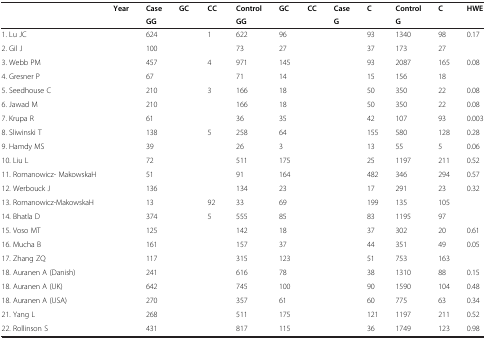
<table><thead><tr><td>[EMPTY_CELL]</td><td><b>Year</b></td><td><b>Case</b></td><td><b>GC</b></td><td><b>CC</b></td><td><b>Control</b></td><td><b>GC</b></td><td><b>CC</b></td><td><b>Case</b></td><td><b>C</b></td><td><b>Control</b></td><td><b>C</b></td><td><b>HWE</b></td></tr><tr><td>[EMPTY_CELL]</td><td>[EMPTY_CELL]</td><td><b>GG</b></td><td>[EMPTY_CELL]</td><td>[EMPTY_CELL]</td><td><b>GG</b></td><td>[EMPTY_CELL]</td><td>[EMPTY_CELL]</td><td><b>G</b></td><td>[EMPTY_CELL]</td><td><b>G</b></td><td>[EMPTY_CELL]</td><td>[EMPTY_CELL]</td></tr></thead><tbody><tr><td>1. Lu JC</td><td>[EMPTY_CELL]</td><td>624</td><td>[EMPTY_CELL]</td><td>1</td><td>622</td><td>96</td><td>[EMPTY_CELL]</td><td>[EMPTY_CELL]</td><td>93</td><td>1340</td><td>98</td><td>0.17</td></tr><tr><td>2. Gil J</td><td>[EMPTY_CELL]</td><td>100</td><td>[EMPTY_CELL]</td><td>[EMPTY_CELL]</td><td>73</td><td>27</td><td>[EMPTY_CELL]</td><td>[EMPTY_CELL]</td><td>37</td><td>173</td><td>27</td><td>[EMPTY_CELL]</td></tr><tr><td>3. Webb PM</td><td>[EMPTY_CELL]</td><td>457</td><td>[EMPTY_CELL]</td><td>4</td><td>971</td><td>145</td><td>[EMPTY_CELL]</td><td>[EMPTY_CELL]</td><td>93</td><td>2087</td><td>165</td><td>0.08</td></tr><tr><td>4. Gresner P</td><td>[EMPTY_CELL]</td><td>67</td><td>[EMPTY_CELL]</td><td>[EMPTY_CELL]</td><td>71</td><td>14</td><td>[EMPTY_CELL]</td><td>[EMPTY_CELL]</td><td>15</td><td>156</td><td>18</td><td>[EMPTY_CELL]</td></tr><tr><td>5. Seedhouse C</td><td>[EMPTY_CELL]</td><td>210</td><td>[EMPTY_CELL]</td><td>3</td><td>166</td><td>18</td><td>[EMPTY_CELL]</td><td>[EMPTY_CELL]</td><td>50</td><td>350</td><td>22</td><td>0.08</td></tr><tr><td>6. Jawad M</td><td>[EMPTY_CELL]</td><td>210</td><td>[EMPTY_CELL]</td><td>[EMPTY_CELL]</td><td>166</td><td>18</td><td>[EMPTY_CELL]</td><td>[EMPTY_CELL]</td><td>50</td><td>350</td><td>22</td><td>0.08</td></tr><tr><td>7. Krupa R</td><td>[EMPTY_CELL]</td><td>61</td><td>[EMPTY_CELL]</td><td>[EMPTY_CELL]</td><td>36</td><td>35</td><td>[EMPTY_CELL]</td><td>[EMPTY_CELL]</td><td>42</td><td>107</td><td>93</td><td>0.003</td></tr><tr><td>8. Sliwinski T</td><td>[EMPTY_CELL]</td><td>138</td><td>[EMPTY_CELL]</td><td>5</td><td>258</td><td>64</td><td>[EMPTY_CELL]</td><td>[EMPTY_CELL]</td><td>155</td><td>580</td><td>128</td><td>0.28</td></tr><tr><td>9. Hamdy MS</td><td>[EMPTY_CELL]</td><td>39</td><td>[EMPTY_CELL]</td><td>[EMPTY_CELL]</td><td>26</td><td>3</td><td>[EMPTY_CELL]</td><td>[EMPTY_CELL]</td><td>13</td><td>55</td><td>5</td><td>0.06</td></tr><tr><td>10. Liu L</td><td>[EMPTY_CELL]</td><td>72</td><td>[EMPTY_CELL]</td><td>[EMPTY_CELL]</td><td>511</td><td>175</td><td>[EMPTY_CELL]</td><td>[EMPTY_CELL]</td><td>25</td><td>1197</td><td>211</td><td>0.52</td></tr><tr><td>11. Romanowicz- MakowskaH</td><td>[EMPTY_CELL]</td><td>51</td><td>[EMPTY_CELL]</td><td>[EMPTY_CELL]</td><td>91</td><td>164</td><td>[EMPTY_CELL]</td><td>[EMPTY_CELL]</td><td>482</td><td>346</td><td>294</td><td>0.57</td></tr><tr><td>12. Werbouck J</td><td>[EMPTY_CELL]</td><td>136</td><td>[EMPTY_CELL]</td><td>[EMPTY_CELL]</td><td>134</td><td>23</td><td>[EMPTY_CELL]</td><td>[EMPTY_CELL]</td><td>17</td><td>291</td><td>23</td><td>0.32</td></tr><tr><td>13. Romanowicz-MakowskaH</td><td>[EMPTY_CELL]</td><td>13</td><td>[EMPTY_CELL]</td><td>92</td><td>33</td><td>69</td><td>[EMPTY_CELL]</td><td>[EMPTY_CELL]</td><td>199</td><td>135</td><td>105</td><td>[EMPTY_CELL]</td></tr><tr><td>14. Bhatla D</td><td>[EMPTY_CELL]</td><td>374</td><td>[EMPTY_CELL]</td><td>5</td><td>555</td><td>85</td><td>[EMPTY_CELL]</td><td>[EMPTY_CELL]</td><td>83</td><td>1195</td><td>97</td><td>[EMPTY_CELL]</td></tr><tr><td>15. Voso MT</td><td>[EMPTY_CELL]</td><td>125</td><td>[EMPTY_CELL]</td><td>[EMPTY_CELL]</td><td>142</td><td>18</td><td>[EMPTY_CELL]</td><td>[EMPTY_CELL]</td><td>37</td><td>302</td><td>20</td><td>0.61</td></tr><tr><td>16. Mucha B</td><td>[EMPTY_CELL]</td><td>161</td><td>[EMPTY_CELL]</td><td>[EMPTY_CELL]</td><td>157</td><td>37</td><td>[EMPTY_CELL]</td><td>[EMPTY_CELL]</td><td>44</td><td>351</td><td>49</td><td>0.05</td></tr><tr><td>17. Zhang ZQ</td><td>[EMPTY_CELL]</td><td>117</td><td>[EMPTY_CELL]</td><td>[EMPTY_CELL]</td><td>315</td><td>123</td><td>[EMPTY_CELL]</td><td>[EMPTY_CELL]</td><td>51</td><td>753</td><td>163</td><td>[EMPTY_CELL]</td></tr><tr><td>18. Auranen A (Danish)</td><td>[EMPTY_CELL]</td><td>241</td><td>[EMPTY_CELL]</td><td>[EMPTY_CELL]</td><td>616</td><td>78</td><td>[EMPTY_CELL]</td><td>[EMPTY_CELL]</td><td>38</td><td>1310</td><td>88</td><td>0.15</td></tr><tr><td>18. Auranen A (UK)</td><td>[EMPTY_CELL]</td><td>642</td><td>[EMPTY_CELL]</td><td>[EMPTY_CELL]</td><td>745</td><td>100</td><td>[EMPTY_CELL]</td><td>[EMPTY_CELL]</td><td>90</td><td>1590</td><td>104</td><td>0.48</td></tr><tr><td>18. Auranen A (USA)</td><td>[EMPTY_CELL]</td><td>270</td><td>[EMPTY_CELL]</td><td>[EMPTY_CELL]</td><td>357</td><td>61</td><td>[EMPTY_CELL]</td><td>[EMPTY_CELL]</td><td>60</td><td>775</td><td>63</td><td>0.34</td></tr><tr><td>21. Yang L</td><td>[EMPTY_CELL]</td><td>268</td><td>[EMPTY_CELL]</td><td>[EMPTY_CELL]</td><td>511</td><td>175</td><td>[EMPTY_CELL]</td><td>[EMPTY_CELL]</td><td>121</td><td>1197</td><td>211</td><td>0.52</td></tr><tr><td>22. Rollinson S</td><td>[EMPTY_CELL]</td><td>431</td><td>[EMPTY_CELL]</td><td>[EMPTY_CELL]</td><td>817</td><td>115</td><td>[EMPTY_CELL]</td><td>[EMPTY_CELL]</td><td>36</td><td>1749</td><td>123</td><td>0.98</td></tr></tbody></table>